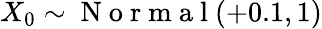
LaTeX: X_{0}\sim\mathrm{~N~o~r~m~a~l~}(+0.1,1)